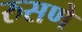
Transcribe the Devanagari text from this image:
रुसणे